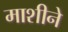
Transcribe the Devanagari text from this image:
माशीने